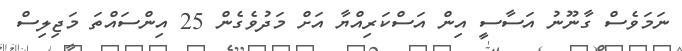
ނަމަވެސް ގާނޫނު އަސާސީ އިން އަސްކަރިއްޔާ އަށް މަދުވެގެން 25 އިންސައްތަ މަޖިލިސް